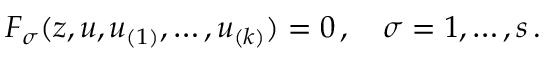
F _ { \sigma } ( z , u , u _ { ( 1 ) } , \ldots , u _ { ( k ) } ) = 0 \, , \quad \sigma = 1 , \ldots { } , s \, .